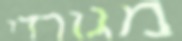
מגורדי